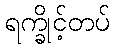
ရက္ခိုင့်တပ်